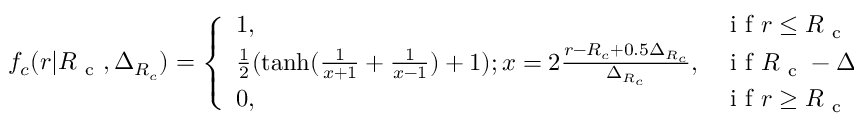
f _ { c } ( r | { R _ { \mathrm { ~ c ~ } } } , \Delta _ { R _ { c } } ) = \left\{ \begin{array} { l l } { 1 , } & { \mathrm { ~ i ~ f ~ } r \leq { R _ { \mathrm { ~ c ~ } } } - \Delta _ { R _ { c } } } \\ { \frac { 1 } { 2 } ( \operatorname { t a n h } ( \frac { 1 } { x + 1 } + \frac { 1 } { x - 1 } ) + 1 ) ; x = 2 \frac { r - R _ { c } + 0 . 5 \Delta _ { R _ { c } } } { \Delta _ { R _ { c } } } , } & { \mathrm { ~ i ~ f ~ } { R _ { \mathrm { ~ c ~ } } } - \Delta _ { R _ { c } } < r < { R _ { \mathrm { ~ c ~ } } } } \\ { 0 , } & { \mathrm { ~ i ~ f ~ } r \geq { R _ { \mathrm { ~ c ~ } } } } \end{array} \right. \mathrm { ~ , ~ }